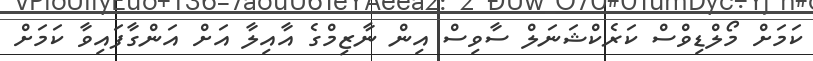
ކަމަށް މޯލްޑިވްސް ކަރެކްޝަނަލް ސާވިސް އިން ނާޒިމްގެ އާއިލާ އަށް އަންގާފައިވާ ކަމަށް